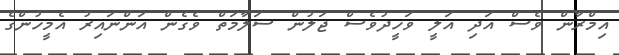
އިމްރާން ވެސް އަދި އަލީ ވަހީދުވެސް ޖަލުން ސަލާމަތް ވެގެން އަންނައިރު އެމީހުންގެ